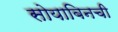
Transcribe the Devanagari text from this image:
सोयाबिनची